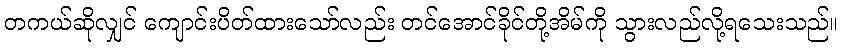
တကယ်ဆိုလျှင် ကျောင်းပိတ်ထားသော်လည်း တင်အောင်ခိုင်တို့အိမ်ကို သွားလည်လို့ရသေးသည်။